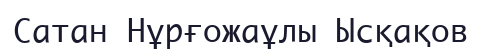
Сатан Нұрғожаұлы Ысқақов